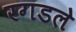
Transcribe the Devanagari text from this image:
रगडले